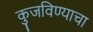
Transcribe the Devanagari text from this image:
कुजविण्याचा